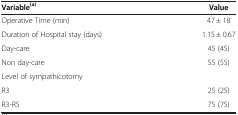
<table><thead><tr><td><b>Variable<sup>(a)</sup></b></td><td><b>Value</b></td></tr></thead><tbody><tr><td>Operative Time (min)</td><td>47 ± 18</td></tr><tr><td>Duration of Hospital stay (days)</td><td>1.15 ± 0.67</td></tr><tr><td>Day-care</td><td>45 (45)</td></tr><tr><td>Non day-care</td><td>55 (55)</td></tr><tr><td>Level of sympathicotomy</td><td> </td></tr><tr><td>R3</td><td>25 (25)</td></tr><tr><td>R3-R5</td><td>75 (75)</td></tr></tbody></table>